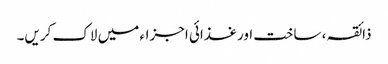
ذائقہ ، ساخت اور غذائی اجزاء میں لاک کریں۔